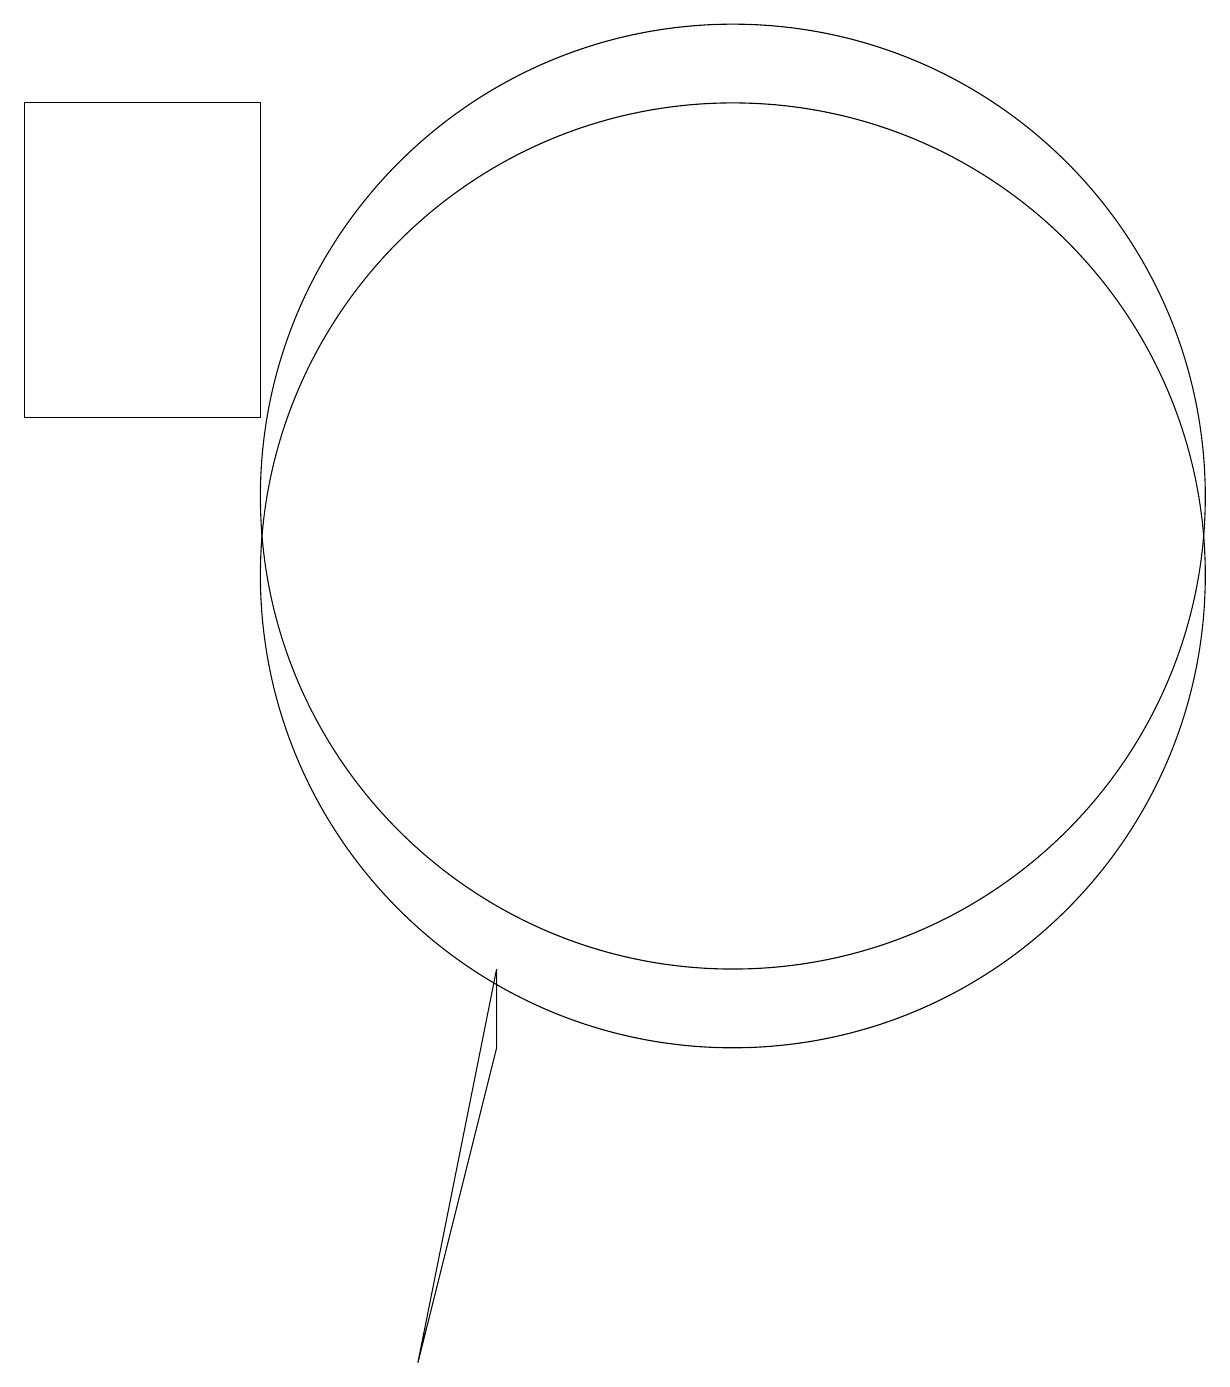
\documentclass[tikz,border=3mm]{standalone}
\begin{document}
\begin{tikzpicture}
\draw (11,11) circle (6);
\draw (8,4) -- (8,5) -- (7,0) -- cycle;
\draw (2,12) rectangle (5,16);
\draw (11,10) circle (6);
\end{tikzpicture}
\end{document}